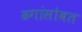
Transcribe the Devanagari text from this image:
ढगांसोबत